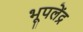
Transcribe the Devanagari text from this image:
भूपलेंद्र